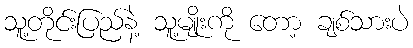
သူ့တိုင်းပြည်နဲ့ သူ့မျိုးကို တော့ ချစ်သားပဲ